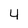
Character: 4